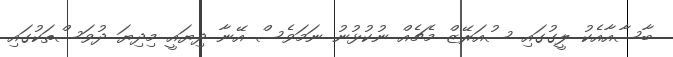
ބާސާއާއެކު ލީގުގައި ސުއަރޭޒް މެޗެއް ނުކުޅުނު ނަމަވެސް އޭނާ ދިޔައީ މިދިޔަ ދުވަސްތަކުގައި